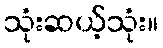
သုံးဆယ့်သုံး။